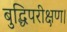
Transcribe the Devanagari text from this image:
बुद्धिपरीक्षण।